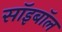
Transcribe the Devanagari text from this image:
सॉइबॉल